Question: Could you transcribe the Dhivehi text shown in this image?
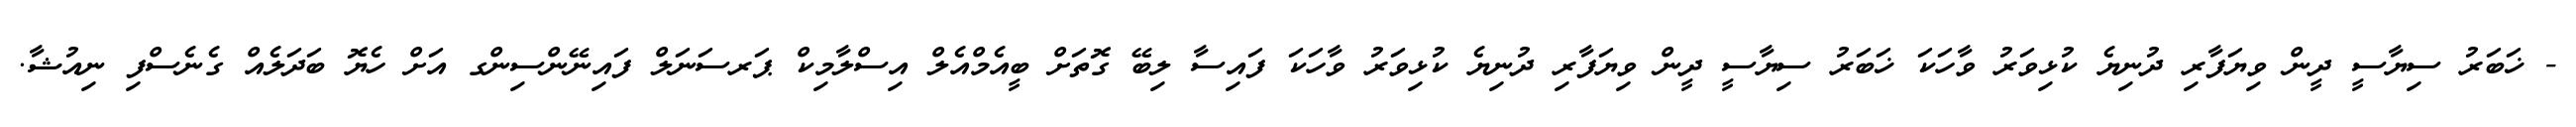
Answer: - ޚަބަރު ސިޔާސީ ދީން ވިޔަފާރި ދުނިޔެ ކުޅިވަރު ވާހަކަ ޚަބަރު ސިޔާސީ ދީން ވިޔަފާރި ދުނިޔެ ކުޅިވަރު ވާހަކަ ފައިސާ ލިބޭ ގޮތަށް ބީއެމްއެލް އިސްލާމިކް ޕަރސަނަލް ފައިނޭންސިންގ އަށް ހެޔޮ ބަދަލެއް ގެނެސްފި ނިއުޝާ.